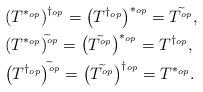
LaTeX: \begin{align*} &\left( {T^{*_{op}}}\right) ^{\dagger_{op}} = \left( {T^{\dagger_{op}}}\right) ^{*_{op}}=T{^{\widetilde{}_{op}}}, \\ &\left({T^{*_{op}}}\right)^{\widetilde{}_{op}} =\left( {T{^{\widetilde{}_{op}}}}\right) ^{*_{op}}= T{^{\dagger_{op}}}, \\&\left( {T^{\dagger_{op}}}\right) ^{\widetilde{}_{op}}=\left( {T{^{\widetilde{}_{op}}}}\right) ^{\dagger_{op}}= T^{*_{op}}. \end{align*}